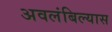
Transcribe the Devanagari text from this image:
अवलंबिल्यास